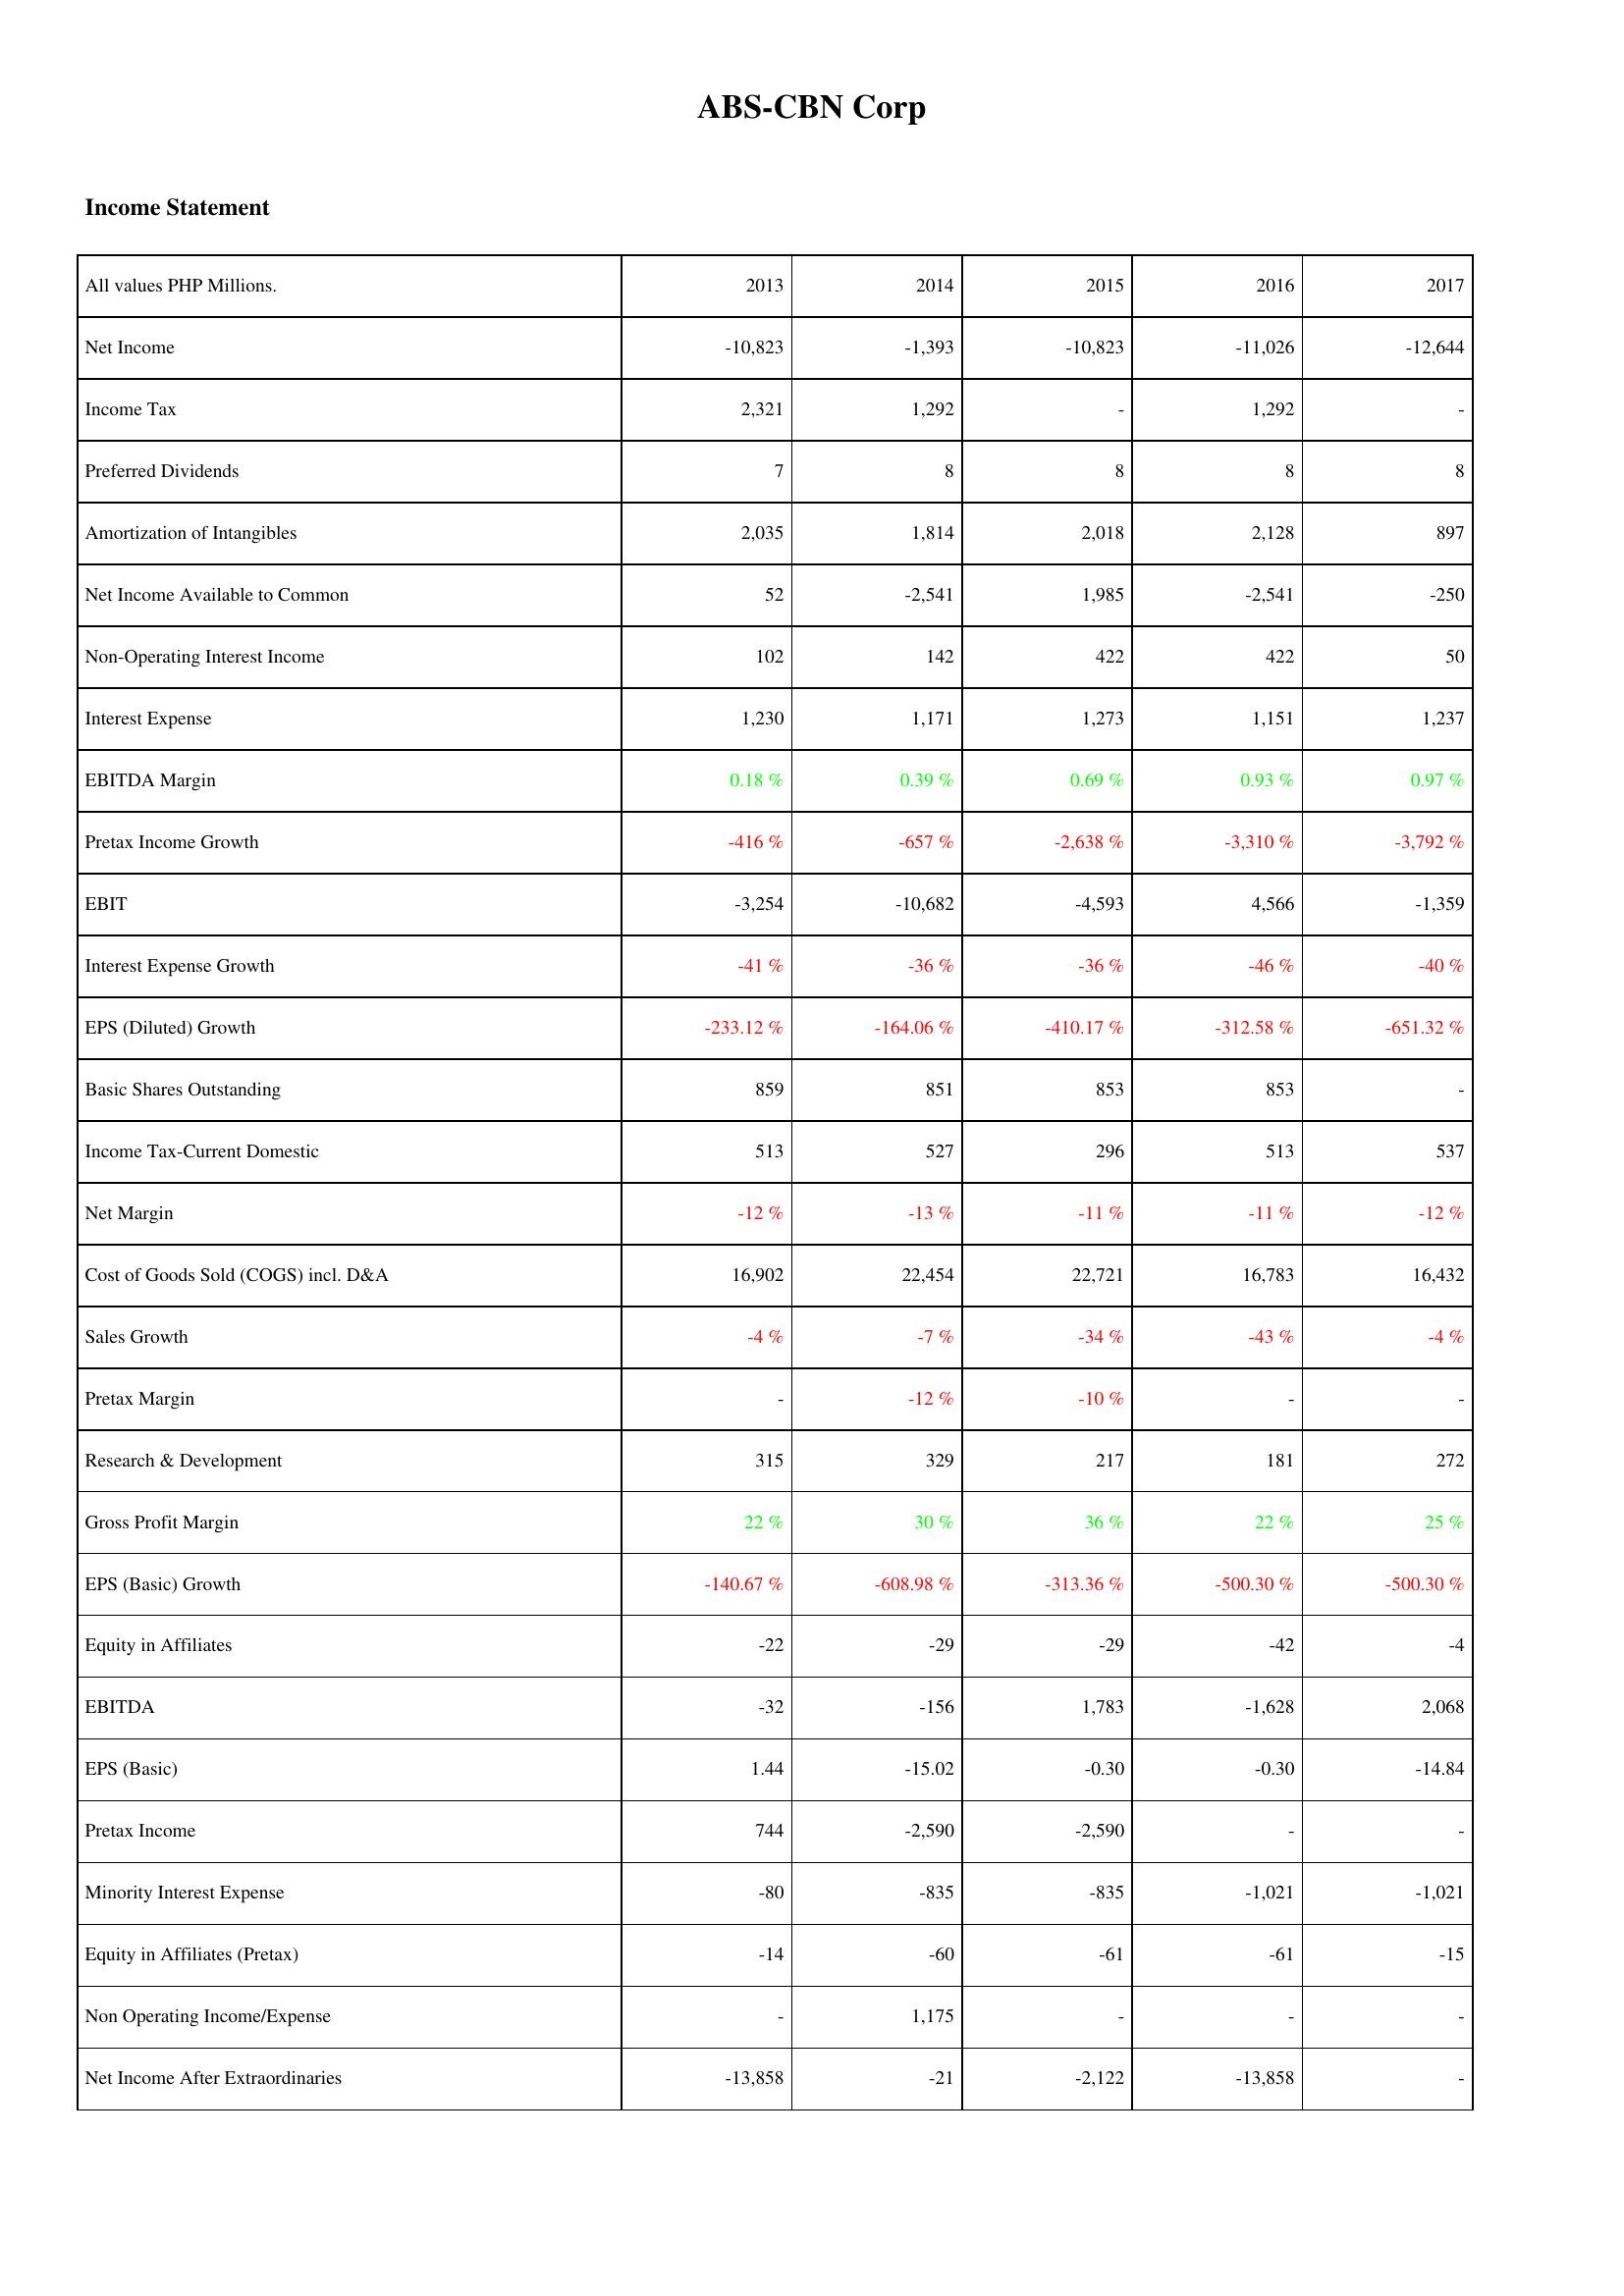
2013: Income Statement: Net Income: -10,823
Income Tax: 2,321
Preferred Dividends: 7
Amortization of Intangibles: 2,035
Net Income Available to Common: 52
Non-Operating Interest Income: 102
Interest Expense: 1,230
EBITDA Margin: 0.18 %
Pretax Income Growth: -416 %
EBIT: -3,254
Interest Expense Growth: -41 %
EPS (Diluted) Growth: -233.12 %
Basic Shares Outstanding: 859
Income Tax-Current Domestic: 513
Net Margin: -12 %
Cost of Goods Sold (COGS) incl. D&A: 16,902
Sales Growth: -4 %
Pretax Margin: -
Research & Development: 315
Gross Profit Margin: 22 %
EPS (Basic) Growth: -140.67 %
Equity in Affiliates: -22
EBITDA: -32
EPS (Basic): 1.44
Pretax Income: 744
Minority Interest Expense: -80
Equity in Affiliates (Pretax): -14
Non Operating Income/Expense: -
Net Income After Extraordinaries: -13,858
2014: Income Statement: Net Income: -1,393
Income Tax: 1,292
Preferred Dividends: 8
Amortization of Intangibles: 1,814
Net Income Available to Common: -2,541
Non-Operating Interest Income: 142
Interest Expense: 1,171
EBITDA Margin: 0.39 %
Pretax Income Growth: -657 %
EBIT: -10,682
Interest Expense Growth: -36 %
EPS (Diluted) Growth: -164.06 %
Basic Shares Outstanding: 851
Income Tax-Current Domestic: 527
Net Margin: -13 %
Cost of Goods Sold (COGS) incl. D&A: 22,454
Sales Growth: -7 %
Pretax Margin: -12 %
Research & Development: 329
Gross Profit Margin: 30 %
EPS (Basic) Growth: -608.98 %
Equity in Affiliates: -29
EBITDA: -156
EPS (Basic): -15.02
Pretax Income: -2,590
Minority Interest Expense: -835
Equity in Affiliates (Pretax): -60
Non Operating Income/Expense: 1,175
Net Income After Extraordinaries: -21
2015: Income Statement: Net Income: -10,823
Income Tax: -
Preferred Dividends: 8
Amortization of Intangibles: 2,018
Net Income Available to Common: 1,985
Non-Operating Interest Income: 422
Interest Expense: 1,273
EBITDA Margin: 0.69 %
Pretax Income Growth: -2,638 %
EBIT: -4,593
Interest Expense Growth: -36 %
EPS (Diluted) Growth: -410.17 %
Basic Shares Outstanding: 853
Income Tax-Current Domestic: 296
Net Margin: -11 %
Cost of Goods Sold (COGS) incl. D&A: 22,721
Sales Growth: -34 %
Pretax Margin: -10 %
Research & Development: 217
Gross Profit Margin: 36 %
EPS (Basic) Growth: -313.36 %
Equity in Affiliates: -29
EBITDA: 1,783
EPS (Basic): -0.30
Pretax Income: -2,590
Minority Interest Expense: -835
Equity in Affiliates (Pretax): -61
Non Operating Income/Expense: -
Net Income After Extraordinaries: -2,122
2016: Income Statement: Net Income: -11,026
Income Tax: 1,292
Preferred Dividends: 8
Amortization of Intangibles: 2,128
Net Income Available to Common: -2,541
Non-Operating Interest Income: 422
Interest Expense: 1,151
EBITDA Margin: 0.93 %
Pretax Income Growth: -3,310 %
EBIT: 4,566
Interest Expense Growth: -46 %
EPS (Diluted) Growth: -312.58 %
Basic Shares Outstanding: 853
Income Tax-Current Domestic: 513
Net Margin: -11 %
Cost of Goods Sold (COGS) incl. D&A: 16,783
Sales Growth: -43 %
Pretax Margin: -
Research & Development: 181
Gross Profit Margin: 22 %
EPS (Basic) Growth: -500.30 %
Equity in Affiliates: -42
EBITDA: -1,628
EPS (Basic): -0.30
Pretax Income: -
Minority Interest Expense: -1,021
Equity in Affiliates (Pretax): -61
Non Operating Income/Expense: -
Net Income After Extraordinaries: -13,858
2017: Income Statement: Net Income: -12,644
Income Tax: -
Preferred Dividends: 8
Amortization of Intangibles: 897
Net Income Available to Common: -250
Non-Operating Interest Income: 50
Interest Expense: 1,237
EBITDA Margin: 0.97 %
Pretax Income Growth: -3,792 %
EBIT: -1,359
Interest Expense Growth: -40 %
EPS (Diluted) Growth: -651.32 %
Basic Shares Outstanding: -
Income Tax-Current Domestic: 537
Net Margin: -12 %
Cost of Goods Sold (COGS) incl. D&A: 16,432
Sales Growth: -4 %
Pretax Margin: -
Research & Development: 272
Gross Profit Margin: 25 %
EPS (Basic) Growth: -500.30 %
Equity in Affiliates: -4
EBITDA: 2,068
EPS (Basic): -14.84
Pretax Income: -
Minority Interest Expense: -1,021
Equity in Affiliates (Pretax): -15
Non Operating Income/Expense: -
Net Income After Extraordinaries: -